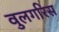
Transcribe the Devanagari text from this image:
वुलगरिस